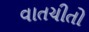
વાતચીતો